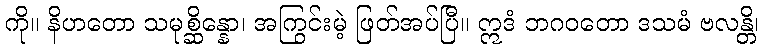
ကို။ နိဟတော သမုစ္ဆိန္နော၊ အကြွင်းမဲ့ ဖြတ်အပ်ပြီ။ ဣဒံ ဘဂဝတော ဒသမံ ဗလန္တိ၊